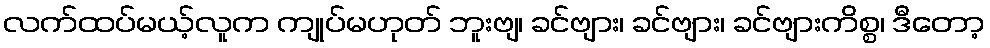
လက်ထပ်မယ့်လူက ကျုပ်မဟုတ် ဘူးဗျ၊ ခင်ဗျား၊ ခင်ဗျား၊ ခင်ဗျားကိစ္စ၊ ဒီတော့